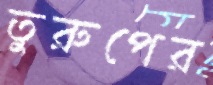
তুরুপের